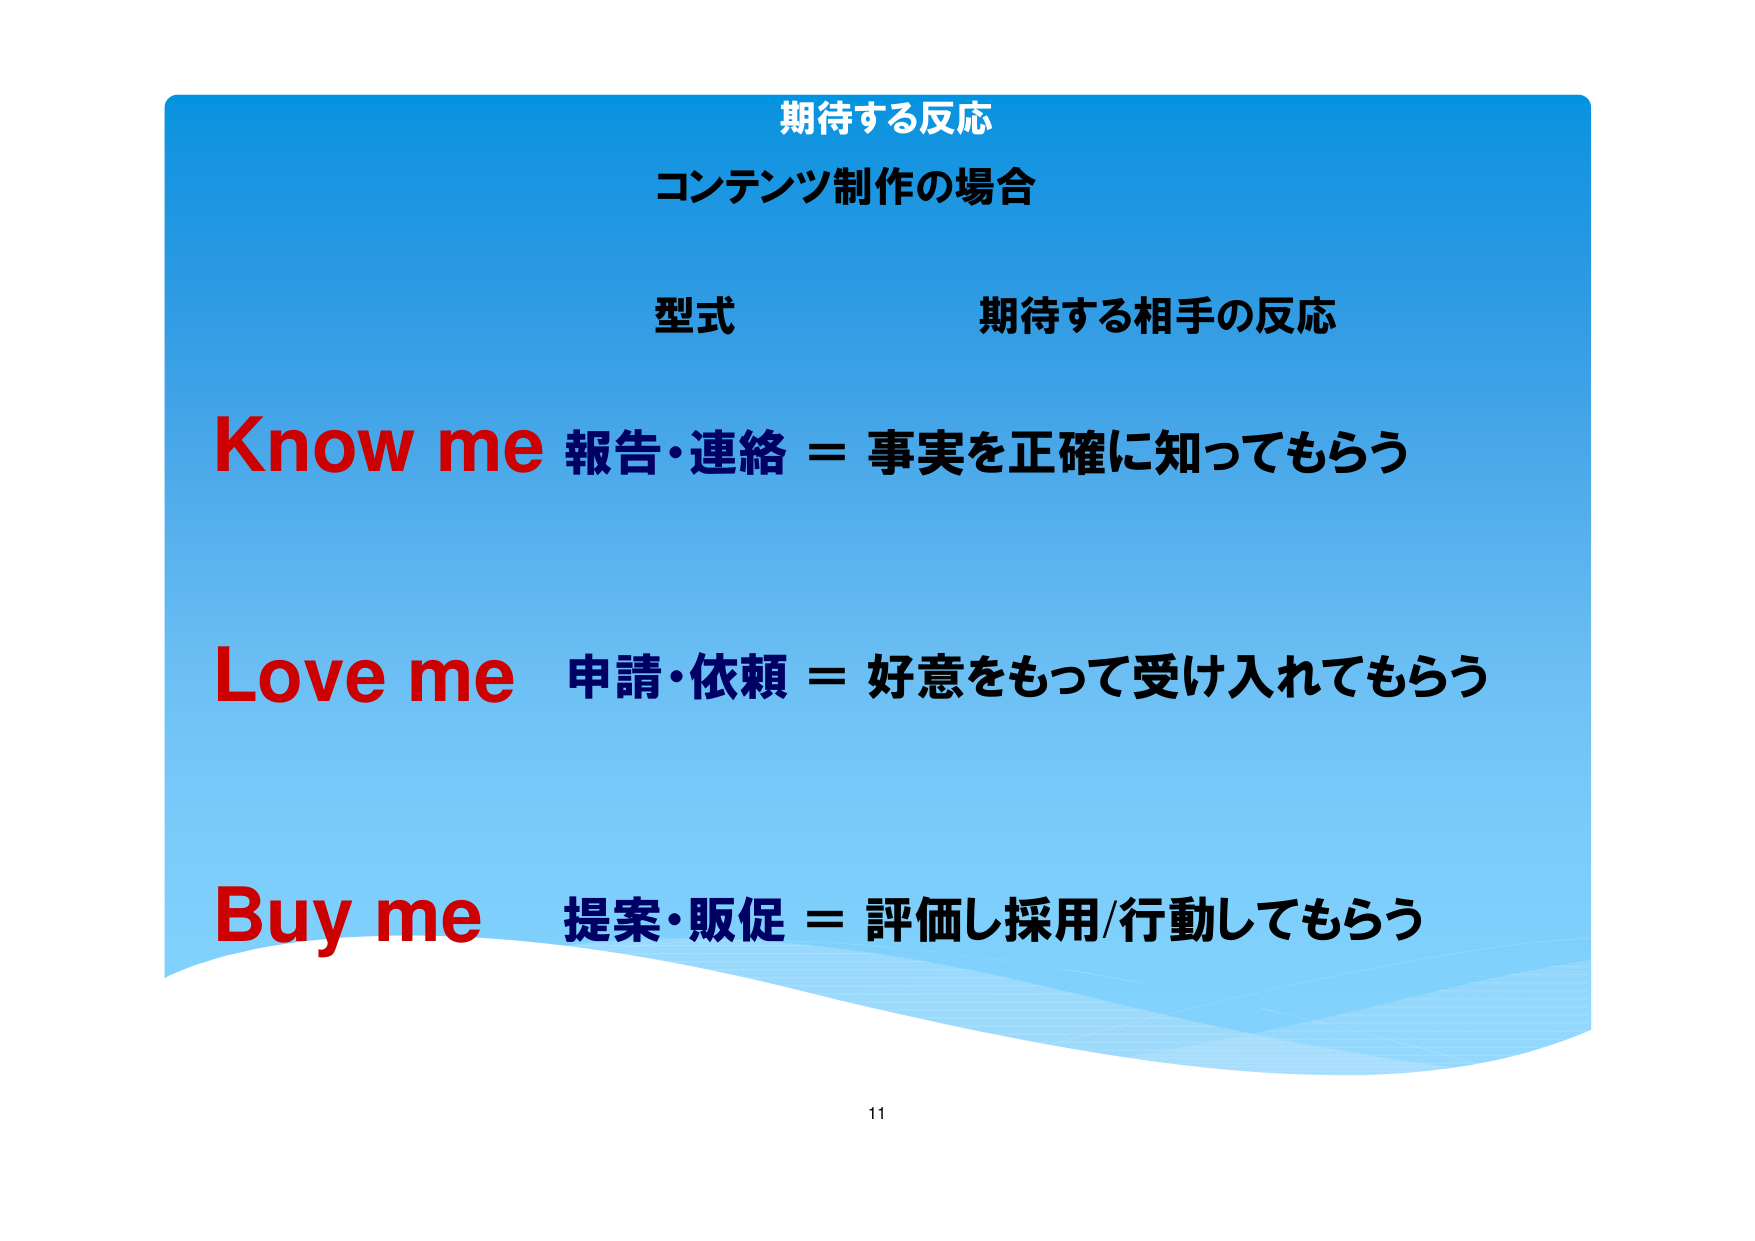
期待する反応
コンテンツ制作の場合

型式　　　　　期待する相手の反応

Know me 報告・連絡 = 事実を正確に知ってもらう

Love me 申請・依頼 = 好意をもって受け入れてもらう

Buy me 提案・販促 = 評価し採用/行動してもらう

11